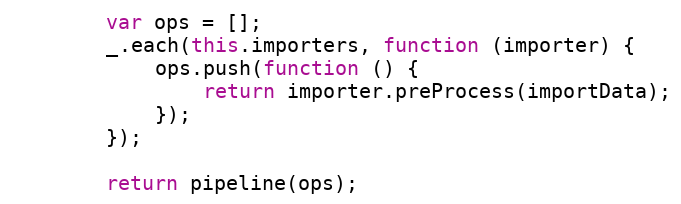
Language: JavaScript
        var ops = [];
        _.each(this.importers, function (importer) {
            ops.push(function () {
                return importer.preProcess(importData);
            });
        });

        return pipeline(ops);